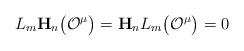
LaTeX: \begin{align*} L_m\mathbf{H}_n\bigl({\cal O}^\mu\bigr)= \mathbf{H}_nL_m\bigl({\cal O}^\mu\bigr)=0\end{align*}